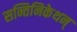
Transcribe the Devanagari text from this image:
सन्तिनिकेथन्